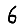
Digit: 6